FBI Photo B11
Agency: FBI
Incident date: Late 2025
Incident location: Western United States
Page 1
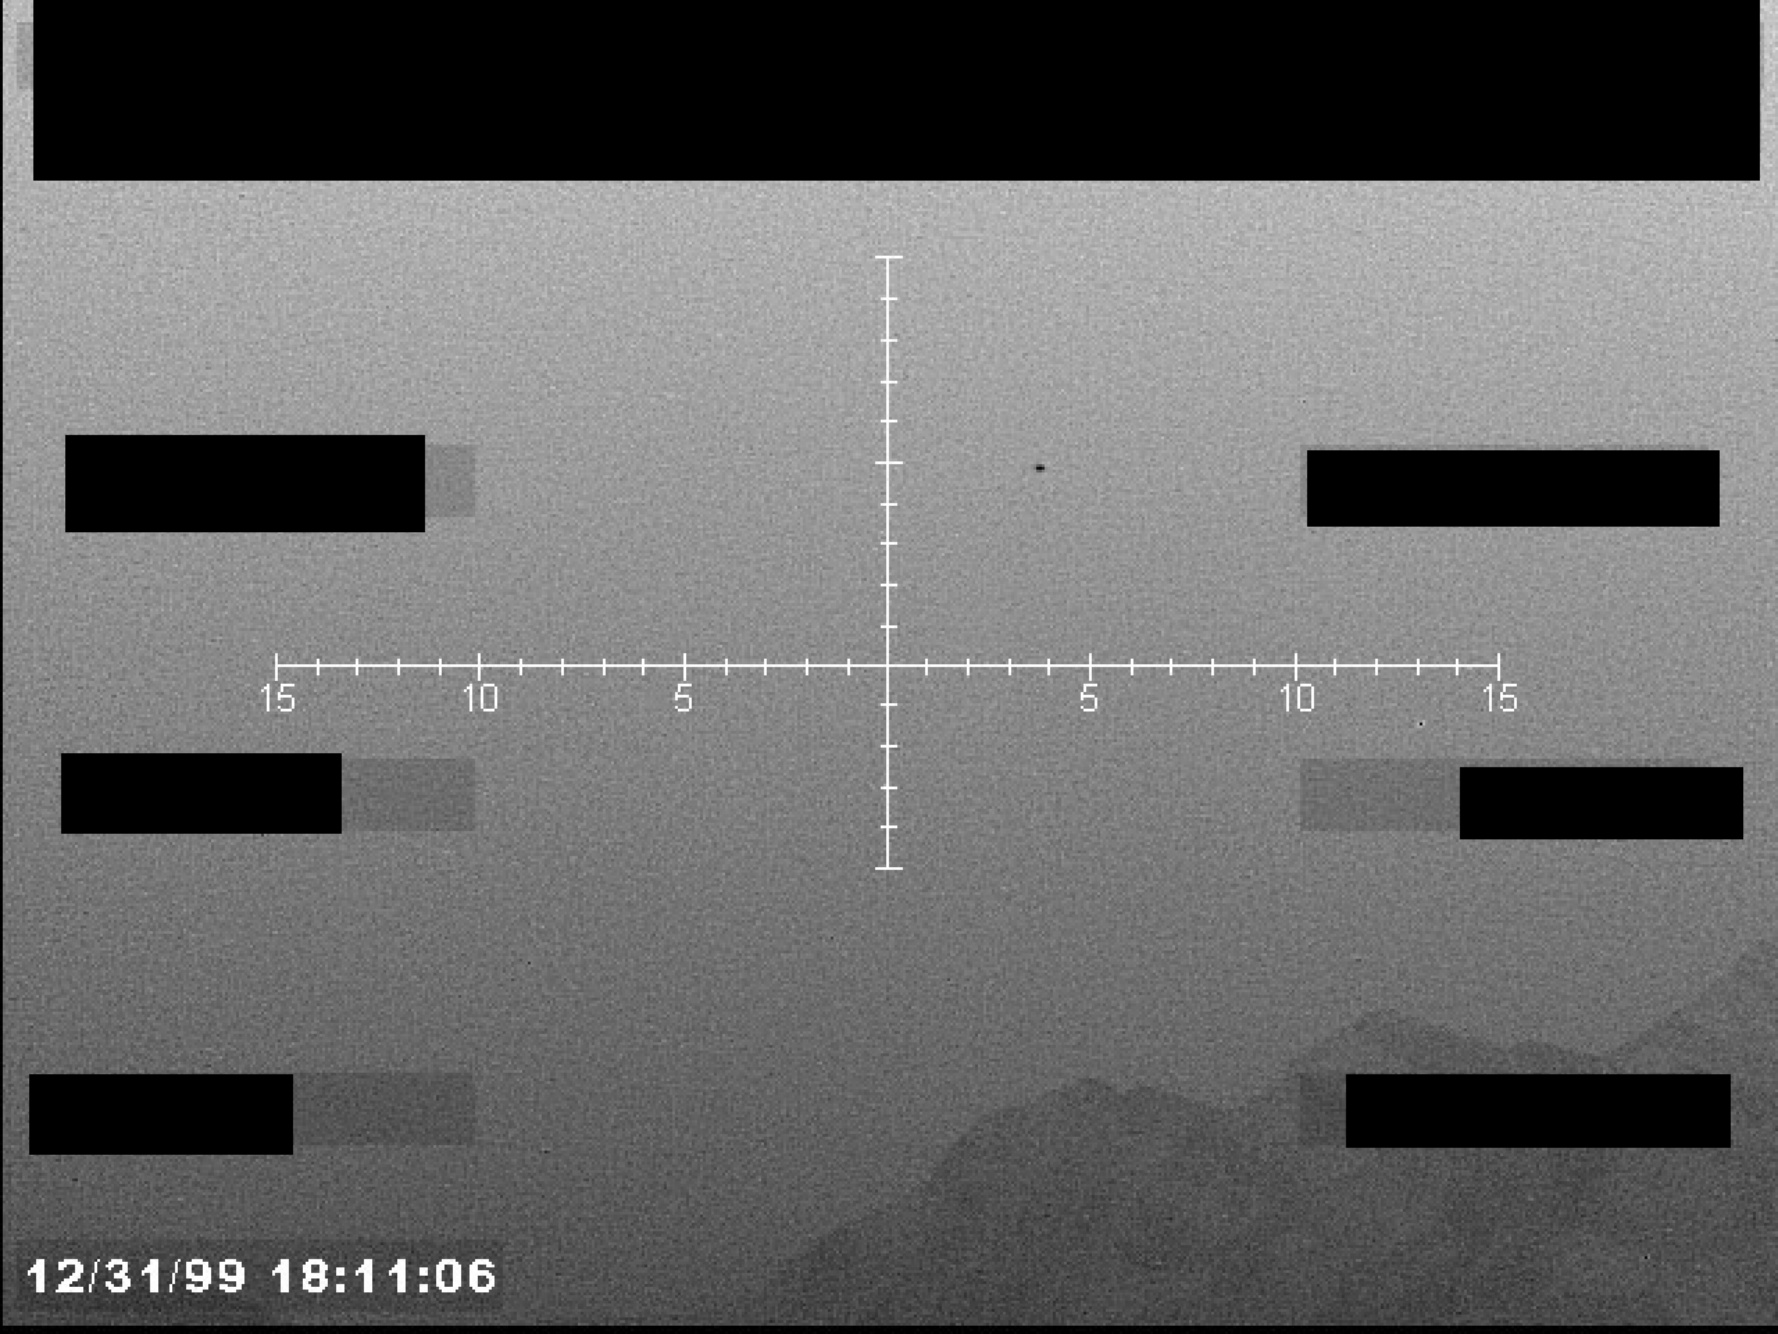